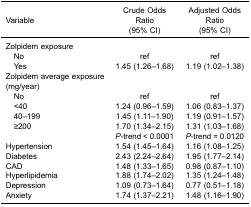
| Variable | Crude OddsRatio(95% CI) | Adjusted OddsRatio(95% CI) |
 | --- | --- | --- |
 | Zolpidem exposure |  |  |
 | No | ref | ref |
 | Yes | 1.45 (1.26–1.68) | 1.19 (1.02–1.38) |
 | Zolpidem average exposure (mg/year) |  |  |
 | No | ref | ref |
 | <40 | 1.24 (0.96–1.59) | 1.06 (0.83–1.37) |
 | 40–199 | 1.45 (1.11–1.90) | 1.19 (0.91–1.57) |
 | ≥200 | 1.70 (1.34–2.15) | 1.31 (1.03–1.68) |
 |  | P-trend < 0.0001 | P-trend = 0.0120 |
 | Hypertension | 1.54 (1.45–1.64) | 1.16 (1.08–1.25) |
 | Diabetes | 2.43 (2.24–2.64) | 1.95 (1.77–2.14) |
 | CAD | 1.48 (1.33–1.65) | 0.98 (0.87–1.10) |
 | Hyperlipidemia | 1.88 (1.74–2.02) | 1.35 (1.24–1.48) |
 | Depression | 1.09 (0.73–1.64) | 0.77 (0.51–1.18) |
 | Anxiety | 1.74 (1.37–2.21) | 1.48 (1.16–1.90) |